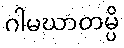
ဂါမဃာတမ္ပိ